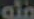
ain